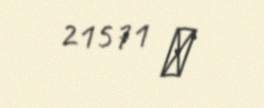
21571 ₼